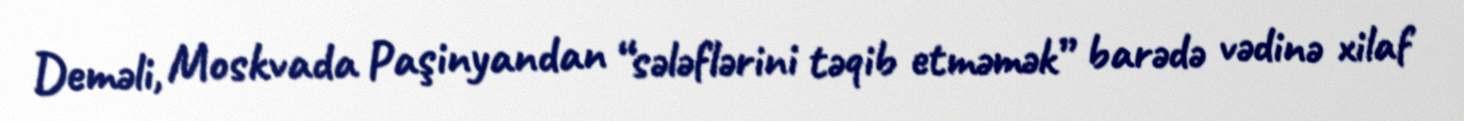
Deməli, Moskvada Paşinyandan “sələflərini təqib etməmək” barədə vədinə xilaf